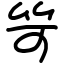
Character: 笴